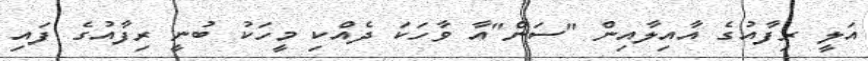
އަލީ ރިފާއުގެ އާއިލާއިން "ސަން"އާ ވާހަކަ ދެއްކި މީހަކު ބުނީ ރިފާއުގެ ފައި